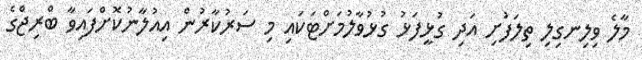
މާލެ ވިލިނގިލި ތިލަފުށި އަދި ގުޅީފަޅު ގުޅުވާލުމަށްޓަކައި މި ސަރުކާރުން އިއުލާނުކޮށްފައިވާ ބްރިޖްގެ